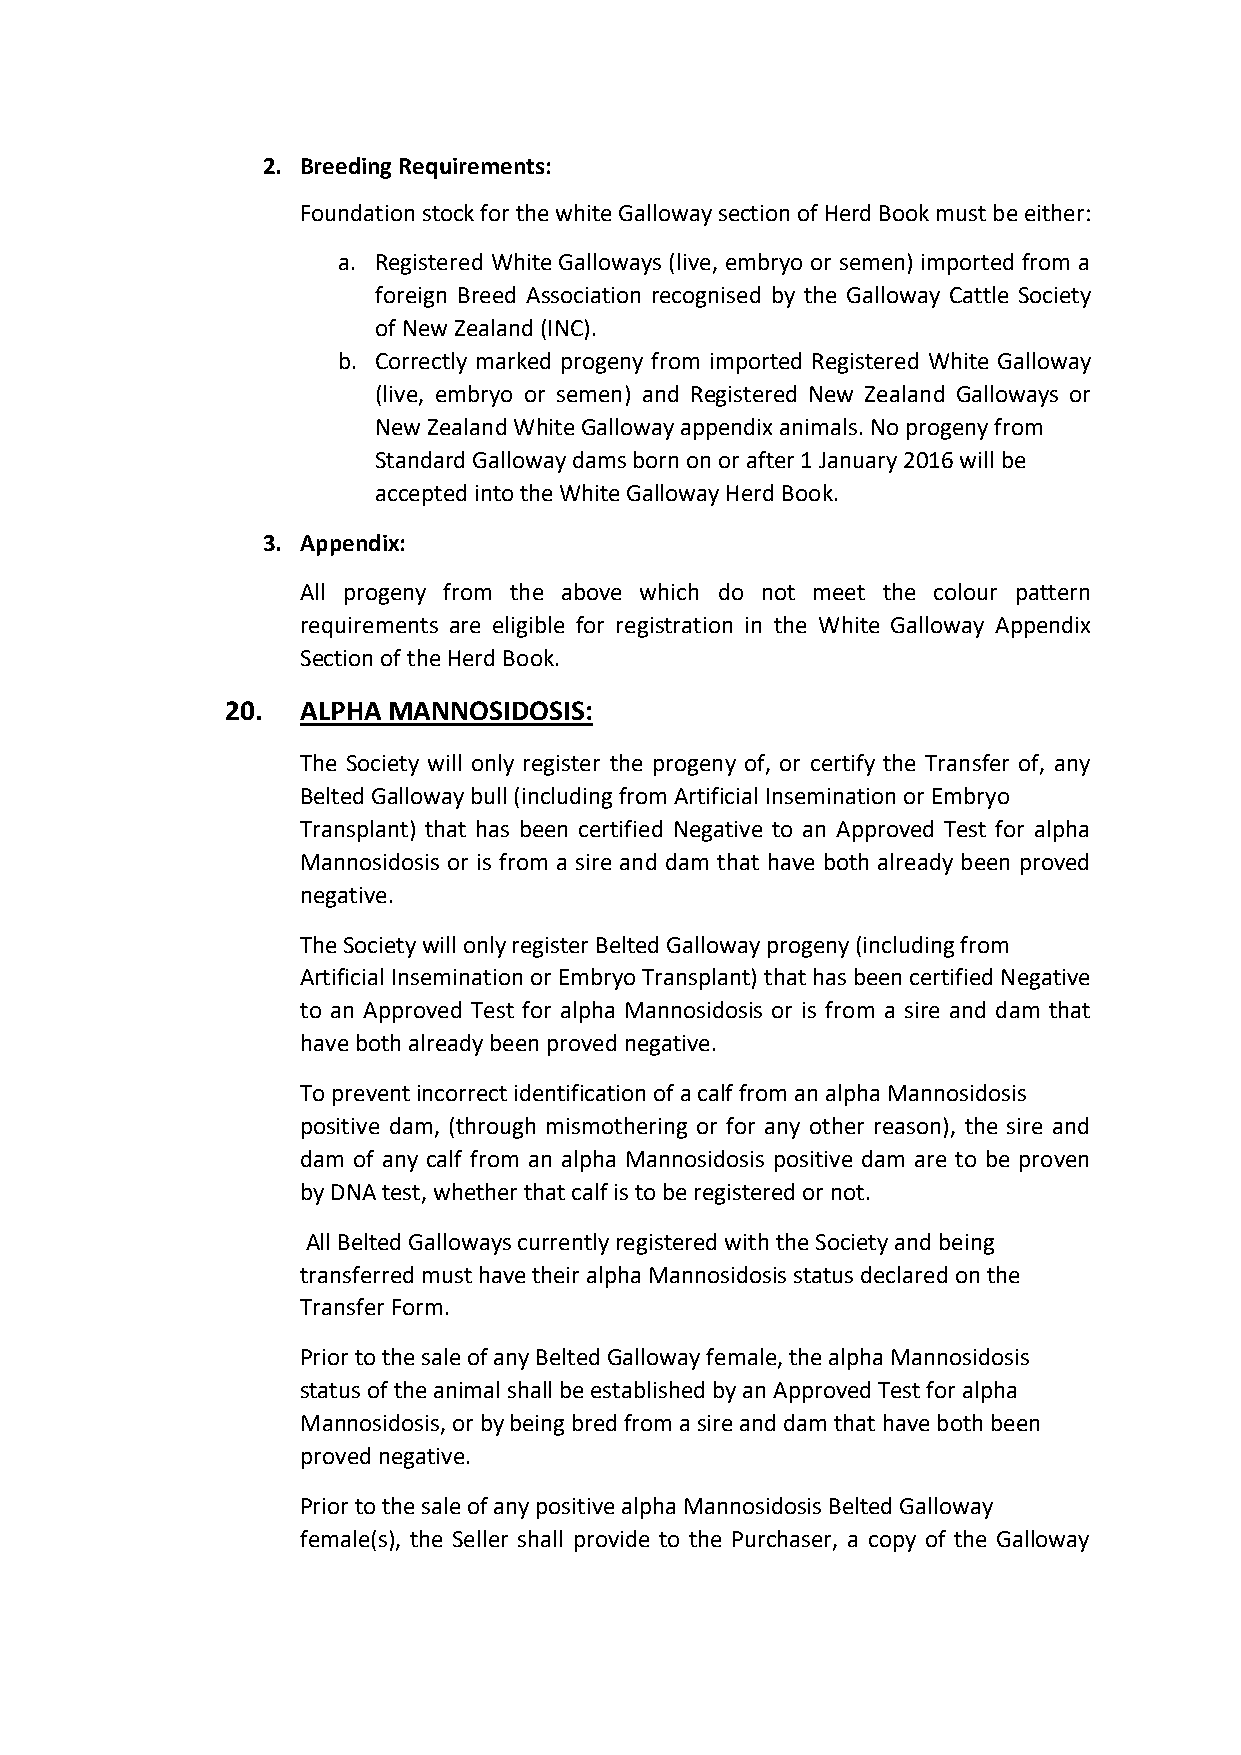
2. Breeding Requirements:
 Foundation stock for the white Galloway section of Herd Book must be either:
 a. Registered White Galloways (live, embryo or semen) imported from a
 foreign Breed Association recognised by the Galloway Cattle Society
 of New Zealand (INC).
 b. Correctly marked progeny from imported Registered White Galloway
 (live, embryo or semen) and Registered New Zealand Galloways or
 New Zealand White Galloway appendix animals. No progeny from
 Standard Galloway dams born on or after 1 January 2016 will be
 accepted into the White Galloway Herd Book.
 3. Appendix:
 All progeny from the above which do not meet the colour pattern
 requirements are eligible for registration in the White Galloway Appendix
 Section of the Herd Book.
 20.  ALPHA MANNOSIDOSIS:
 The Society will only register the progeny of, or certify the Transfer of, any
 Belted Galloway bull (including from Artificial Insemination or Embryo
 Transplant) that has been certified Negative to an Approved Test for alpha
 Mannosidosis or is from a sire and dam that have both already been proved
 negative.
 The Society will only register Belted Galloway progeny (including from
 Artificial Insemination or Embryo Transplant) that has been certified Negative
 to an Approved Test for alpha Mannosidosis or is from a sire and dam that
 have both already been proved negative.
 To prevent incorrect identification of a calf from an alpha Mannosidosis
 positive dam, (through mismothering or for any other reason), the sire and
 dam of any calf from an alpha Mannosidosis positive dam are to be proven
 by DNA test, whether that calf is to be registered or not.
 All Belted Galloways currently registered with the Society and being
 transferred must have their alpha Mannosidosis status declared on the
 Transfer Form.
 Prior to the sale of any Belted Galloway female, the alpha Mannosidosis
 status of the animal shall be established by an Approved Test for alpha
 Mannosidosis, or by being bred from a sire and dam that have both been
 proved negative.
 Prior to the sale of any positive alpha Mannosidosis Belted Galloway
 female(s), the Seller shall provide to the Purchaser, a copy of the Galloway